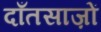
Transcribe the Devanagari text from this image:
दाँतसाज़ों